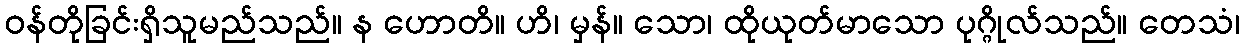
ဝန်တိုခြင်းရှိသူမည်သည်။ န ဟောတိ။ ဟိ၊ မှန်။ သော၊ ထိုယုတ်မာသော ပုဂ္ဂိုလ်သည်။ တေသံ၊